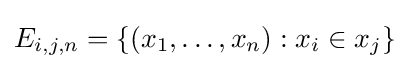
E_{i,j,n}=\{(x_{1},\ldots ,x_{n}):x_{i}\in x_{j}\}